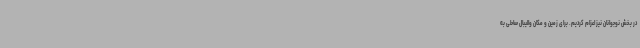
در بخش نوجوانان نیز اعزام کردیم. برای زمین و مکان والیبال ساحلی به